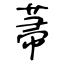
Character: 菷